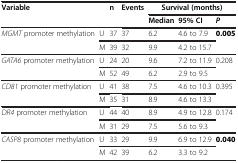
| <ROWSPAN=2-COLSPAN=2> Variable | <ROWSPAN=2> n | <ROWSPAN=2> Events | <COLSPAN=3> Survival (months) |
 | Median | 95% CI | P |
 | --- | --- | --- | --- | --- | --- | --- |
 | <ROWSPAN=2> MGMT promoter methylation | U | 37 | 37 | 6.2 | 4.6 to 7.9 | <ROWSPAN=2> 0.005 |
 | M | 39 | 32 | 9.9 | 4.2 to 15.7 |
 | <ROWSPAN=2> GATA6 promoter methylation | U | 24 | 20 | 9.6 | 7.2 to 11.9 | <ROWSPAN=2> 0.208 |
 | M | 52 | 49 | 6.2 | 2.9 to 9.5 |
 | <ROWSPAN=2> CD81 promoter methylation | U | 41 | 38 | 7.5 | 4.6 to 10.3 | <ROWSPAN=2> 0.395 |
 | M | 35 | 31 | 8.9 | 4.6 to 13.3 |
 | <ROWSPAN=2> DR4 promoter methylation | U | 44 | 40 | 8.9 | 4.9 to 12.8 | <ROWSPAN=2> 0.174 |
 | M | 31 | 29 | 7.5 | 5.6 to 9.3 |
 | <ROWSPAN=2> CASP8 promoter methylation | U | 33 | 29 | 9.9 | 6.9 to 12.9 | <ROWSPAN=2> 0.040 |
 | M | 42 | 39 | 6.2 | 3.3 to 9.2 |